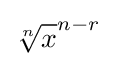
{\sqrt[{n}]{x}}^{n-r}